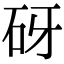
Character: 砑